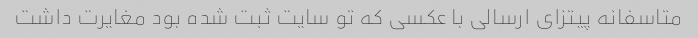
متاسفانه پیتزای ارسالی با عکسی که تو سایت ثبت شده بود مغایرت داشت